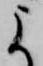
よ